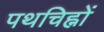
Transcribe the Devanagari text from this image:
पथचिह्नों